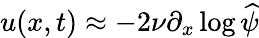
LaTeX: u(x,t)\approx-2\nu\partial_{x}\log\widehat{\psi}